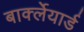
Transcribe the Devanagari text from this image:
बार्क्लेयार्ड